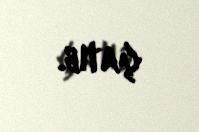
çatıb.